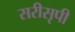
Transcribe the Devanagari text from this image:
सरीसृपी